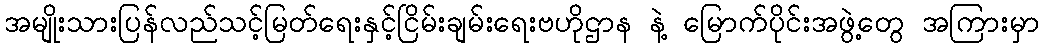
အမျိုးသားပြန်လည်သင့်မြတ်ရေးနှင့်ငြိမ်းချမ်းရေးဗဟိုဌာန နဲ့ မြောက်ပိုင်းအဖွဲ့တွေ အကြားမှာ